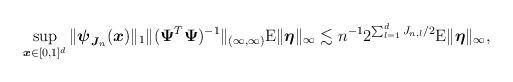
LaTeX: \begin{align*}\sup_{\boldsymbol{x}\in[0,1]^d}\|\boldsymbol{\psi}_{\boldsymbol{J}_n}(\boldsymbol{x})\|_1\|(\boldsymbol{\Psi}^T\boldsymbol{\Psi})^{-1}\|_{(\infty,\infty)}\mathrm{E}\|\boldsymbol{\eta}\|_\infty\lesssim n^{-1}2^{\sum_{l=1}^dJ_{n,l}/2}\mathrm{E}\|\boldsymbol{\eta}\|_\infty,\end{align*}